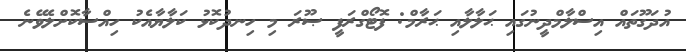
އުދަގޫތައް އިސްލާމްދީނުގައި ޙަލާލާއި ޙަރާމް: ފޮޓޯގްރަފީ ޞޫރަ މި ހިނދުކޮޅު ކަލާޔާއެކު ހިއްސާކޮށްލެވޭނެ